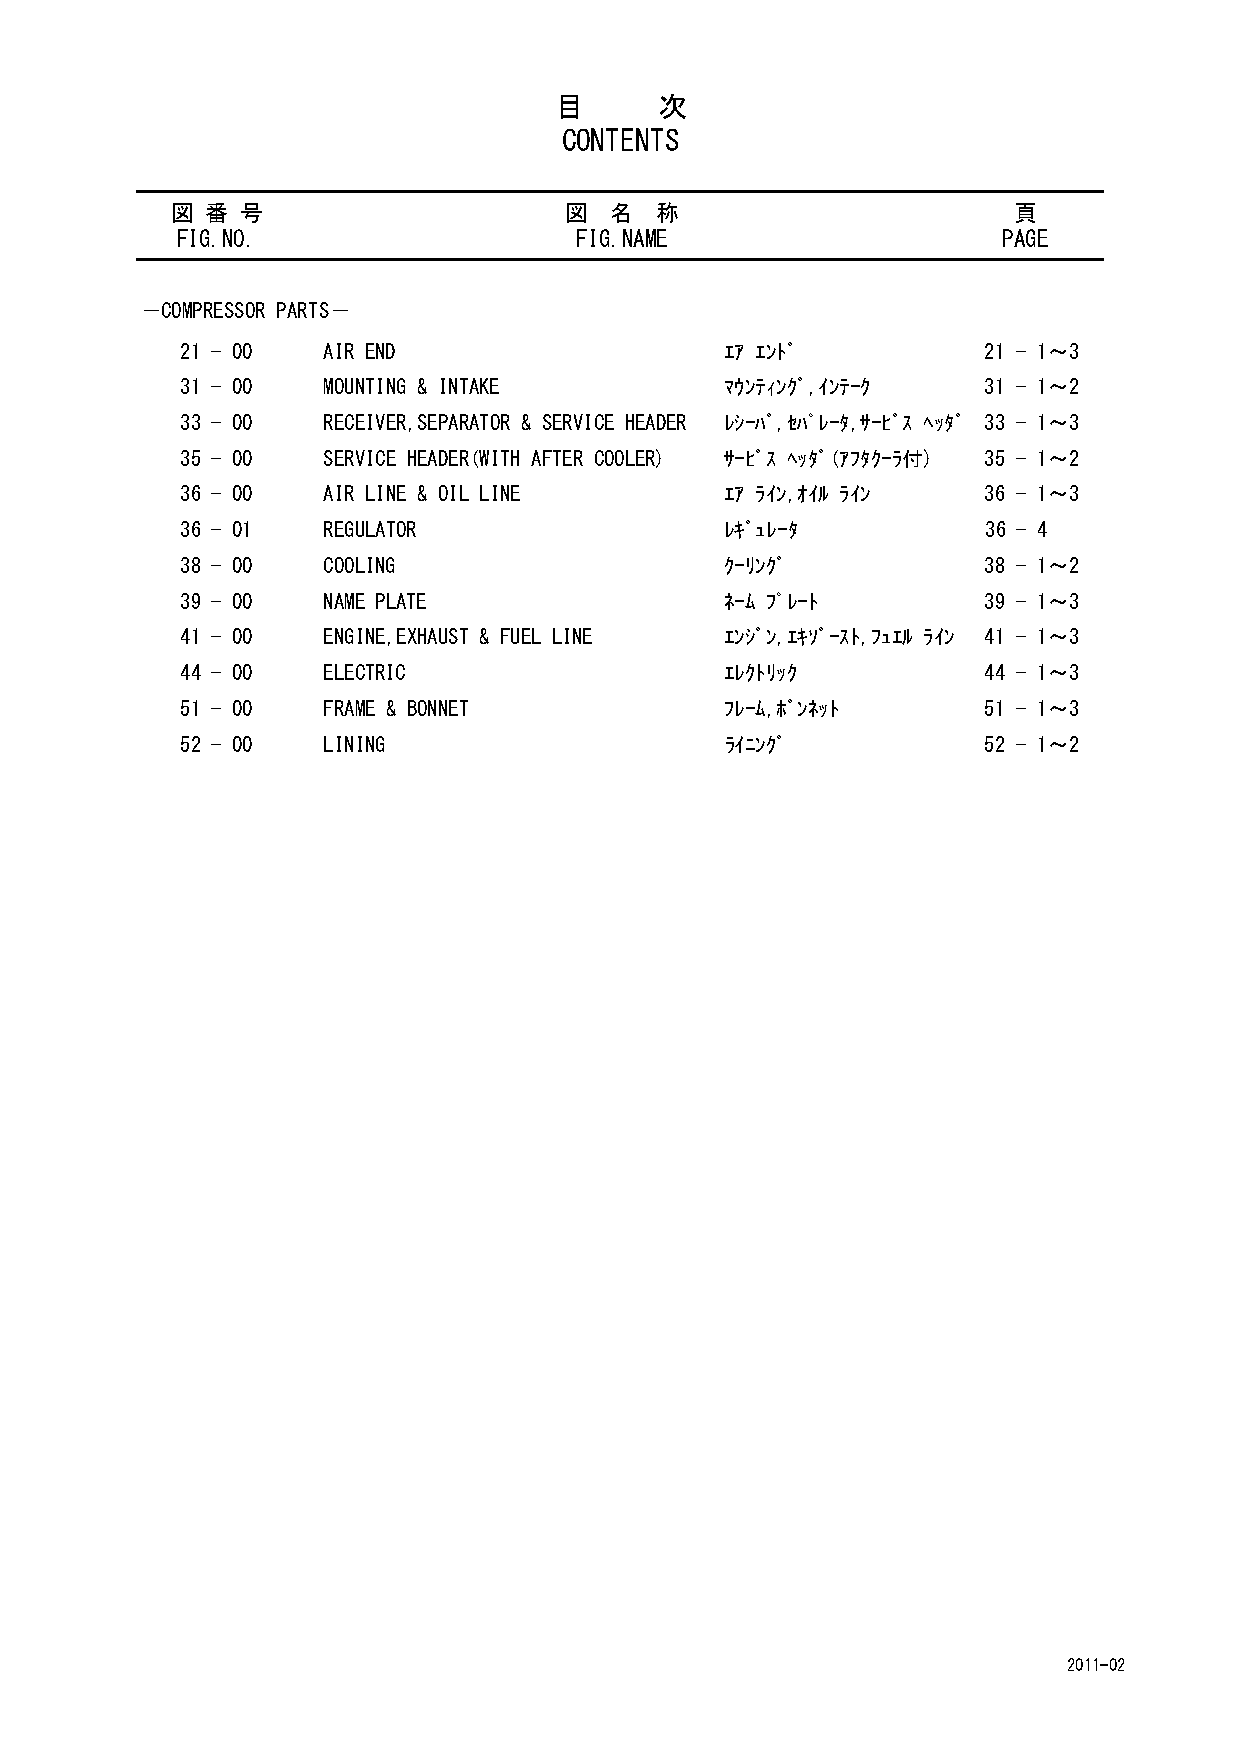
目      次
 CONTENTS
 図  番 号                    図  名  称                       頁
 FIG.NO.                   FIG.NAME                    PAGE
 －COMPRESSOR PARTS－
 21 - 00  AIR END                    ｴｱ ｴﾝﾄﾞ          21 - 1～3
 31 - 00  MOUNTING & INTAKE          ﾏｳﾝﾃｨﾝｸﾞ,ｲﾝﾃｰｸ   31 - 1～2
 33 - 00  RECEIVER,SEPARATOR & SERVICE HEADER ﾚｼｰﾊﾞ,ｾﾊﾟﾚｰﾀ,ｻｰﾋﾞｽ ﾍｯﾀﾞ 33 - 1～3
 35 - 00  SERVICE HEADER(WITH AFTER COOLER) ｻｰﾋﾞｽ ﾍｯﾀﾞ(ｱﾌﾀｸｰﾗ付) 35 - 1～2
 36 - 00  AIR LINE & OIL LINE        ｴｱ ﾗｲﾝ,ｵｲﾙ ﾗｲﾝ   36 - 1～3
 36 - 01  REGULATOR                  ﾚｷﾞｭﾚｰﾀ          36 - 4
 38 - 00  COOLING                    ｸｰﾘﾝｸﾞ           38 - 1～2
 39 - 00  NAME PLATE                 ﾈｰﾑ ﾌﾟﾚｰﾄ        39 - 1～3
 41 - 00  ENGINE,EXHAUST & FUEL LINE ｴﾝｼﾞﾝ,ｴｷｿﾞｰｽﾄ,ﾌｭｴﾙ ﾗｲﾝ 41 - 1～3
 44 - 00  ELECTRIC                   ｴﾚｸﾄﾘｯｸ          44 - 1～3
 51 - 00  FRAME & BONNET             ﾌﾚｰﾑ,ﾎﾞﾝﾈｯﾄ      51 - 1～3
 52 - 00  LINING                     ﾗｲﾆﾝｸﾞ           52 - 1～2
 2011-02